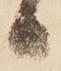
る